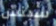
سبنس